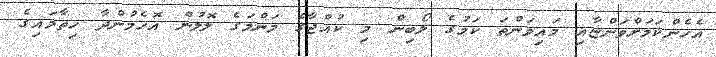
އެހެންކަމަށްވަންޏާއި މައިވަންތަ ކަމުގެ ލޯބިން މި ކުއްޖާގެ މަންމަގެ ލޮލުން އޮހެމުންދާ ހިތާމައިގެ